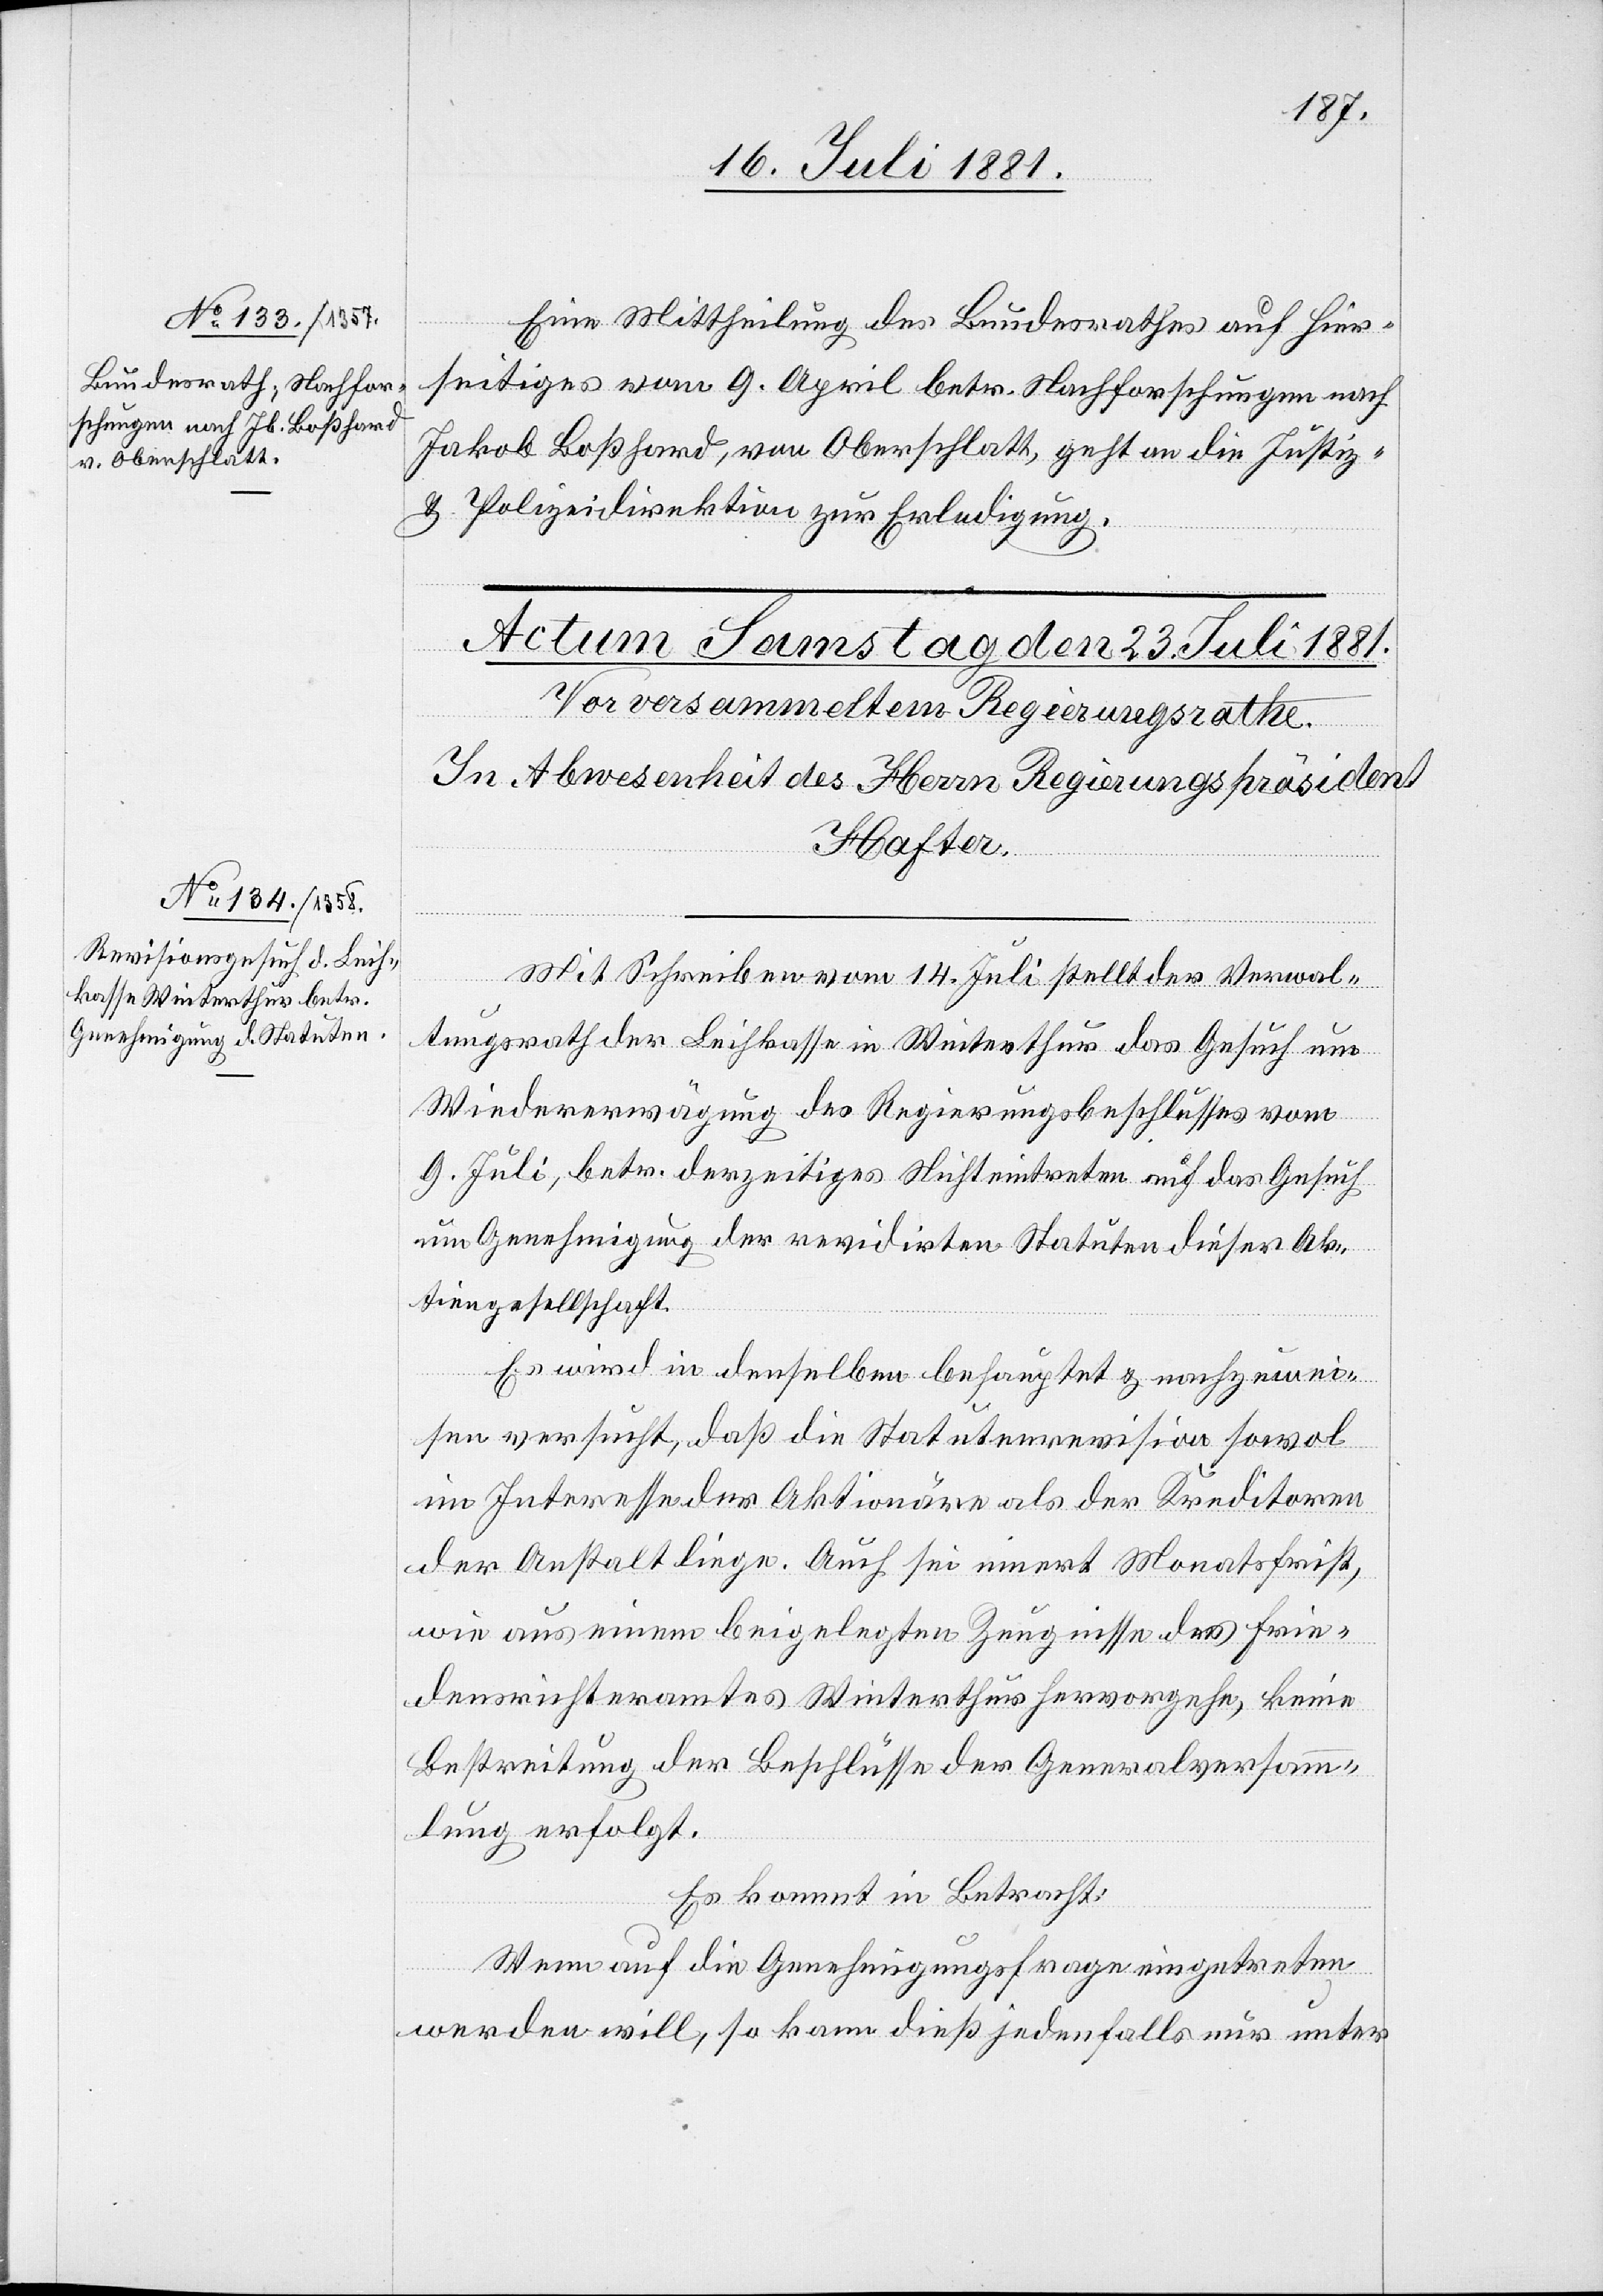
22. Juli 1881.]
Eine Mittheilung des Bundesrathes auf Hier¬
seitiges vom 9. April betr. Nachforschungen nach
Jakob Boßhard, von Oberschlatt, geht an die Justiz-
& Polizeidirektion zur Erledigung.
fügungen.
Mit Schreiben vom 14. Juli stellt der Verwal¬
tungsrath der Leihkasse in Winterthur das Gesuch um
Wiedererwägung des Regierungsbeschlusses vom
9. Juli, betr. derzeitiges Nichteintreten auf das Gesuch
um Genehmigung der veridirten Statuten dieser Ak¬
tiengesellschaft.
Es wird in denselben behauptet & nachzuwei¬
sen versucht, daß die Statutenrevision sowol
im Interesse der Aktionäre als der Kreditoren
der Anstalt liege. Auch sei innert Monatsfrist,
wie aus einem beigelegten Zeugnisse des Frie¬
densrichteramtes Winterthur hervorgehe, keine
Bestreitung der Beschlüsse der Generalversamm¬
lung erfolgt.
Es kommt in Betracht:
Wenn auf die Genehmigungsfrage eingetreten
werden will, so kann dieß jedenfalls nur unter